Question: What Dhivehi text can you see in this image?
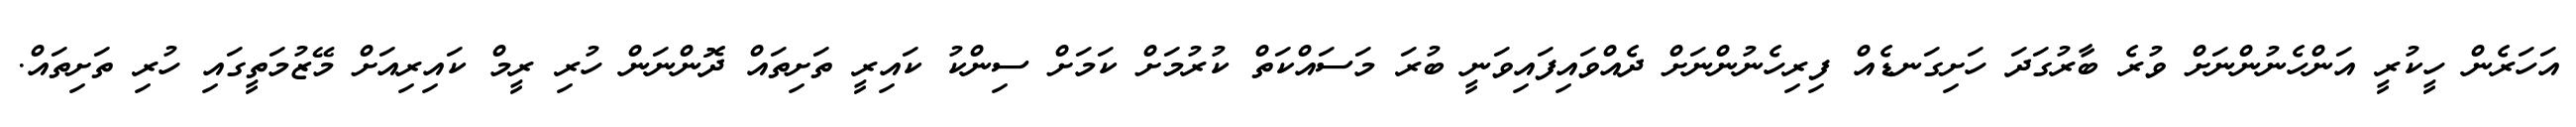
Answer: އަހަރެން ހީކުރީ އަންހެނުންނަށް ވުރެ ބާރުގަދަ ހަށިގަނޑެއް ފިރިހެނުންނަށް ދެއްވައިފައިވަނީ ބުރަ މަސައްކަތް ކުރުމަށް ކަމަށް ސިންކު ކައިރީ ތަށިތައް ދޮންނަން ހުރި ރީމް ކައިރިއަށް މޭޒުމަތީގައި ހުރި ތަށިތައް.